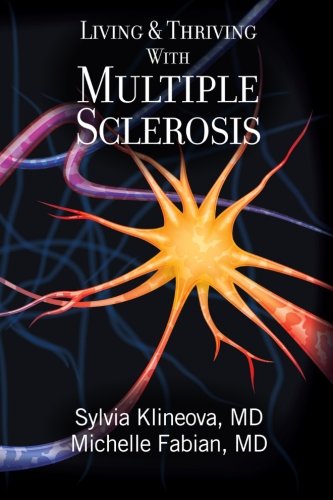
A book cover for Living And Thriving With Multiple Sclerosis; Sylvia Klineova MD; Health, Fitness & Dieting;